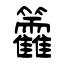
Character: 籱